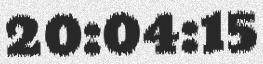
20:04:15